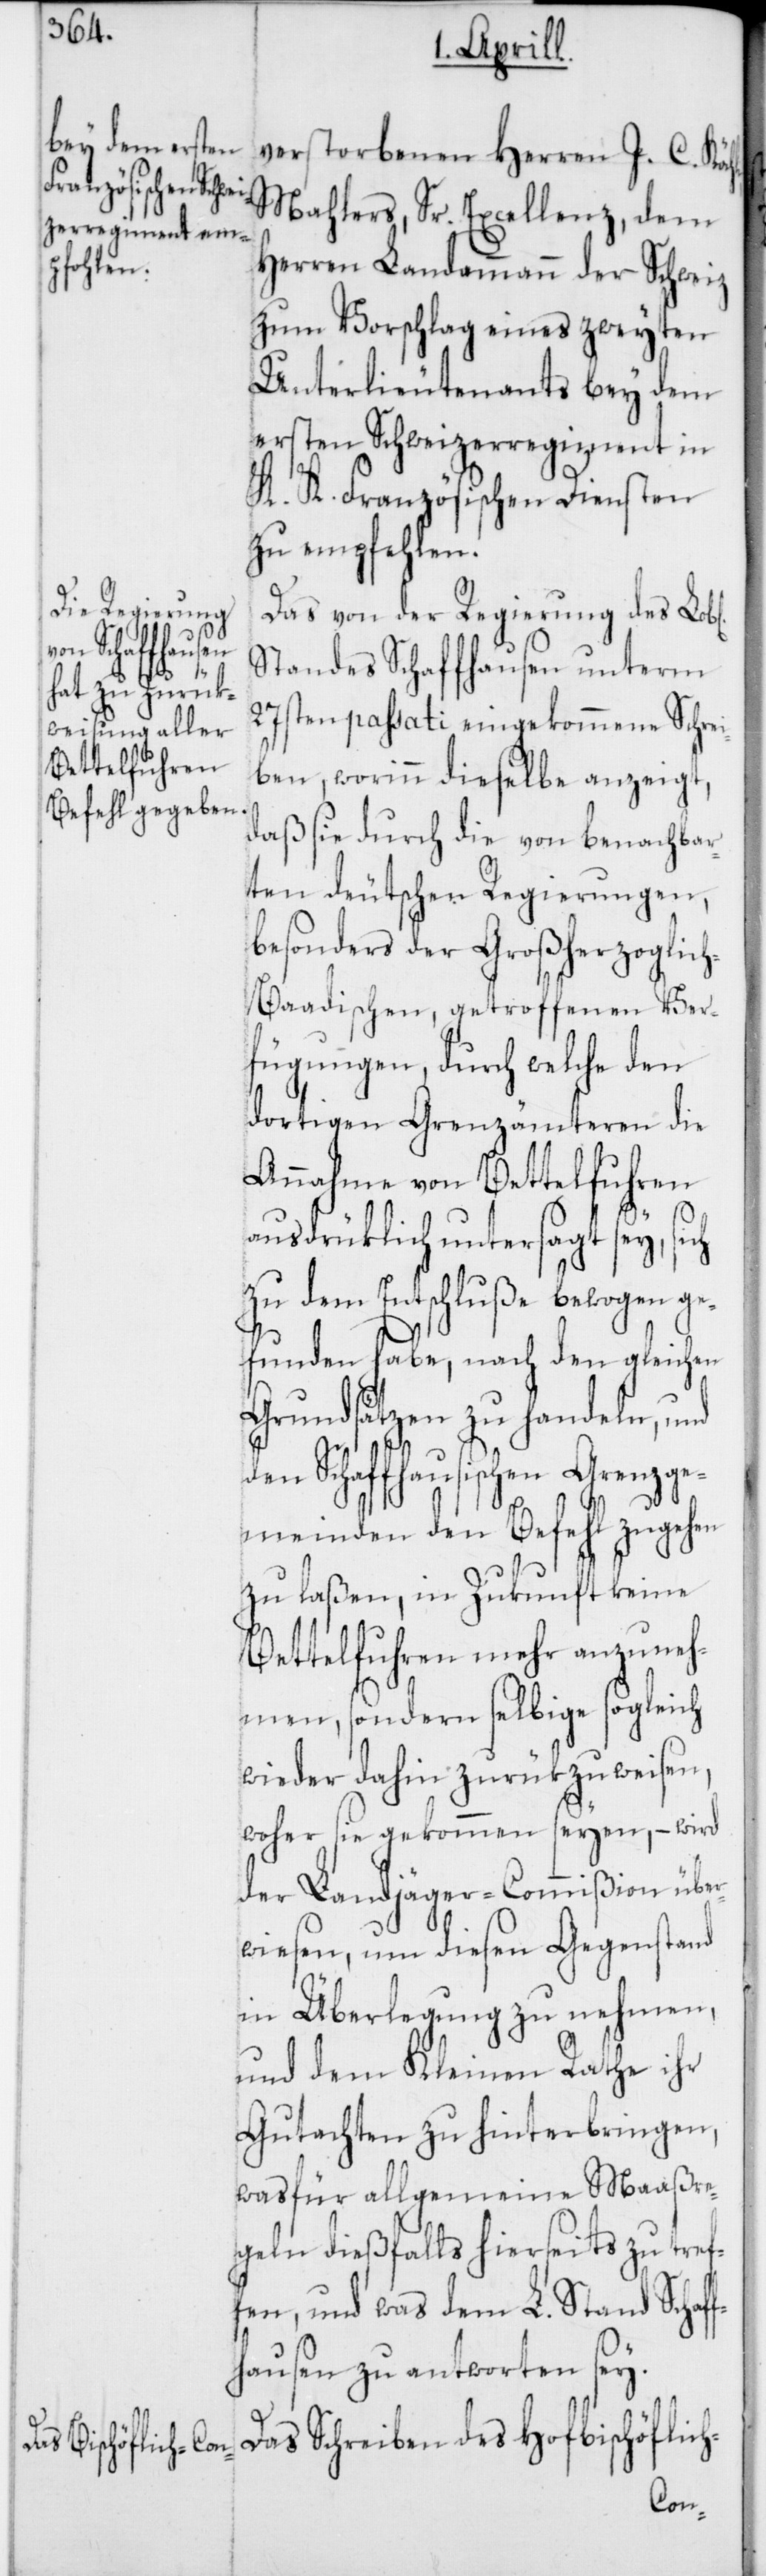
verstorbenen J. C.

Mahlers, Sr. Excellenz, dem
Herren Landammann der Schweiz
zum Vorschlag eines zweyten
Unterlieutenants bey dem
ersten Schweitzerregiment in
K. K. Französischen Diensten
zu empfehlen.
Das von der Regierung des Lobl.
Standes Schaffhausen unterm
27sten passati eingekommene Schrei¬
ben, worinn dieselbe anzeigt,
daß sie durch die von benachbar¬
ten deutschen Regierungen,
besonders der Großherzoglic¬
h-Baadischen, getroffenen Ver¬
fügungen, durch welche den
dortigen Grenzämteren die
Annahme von Bettelfuhren
ausdrüklich untersagt sey,
zu dem Entschluße bewogen ge¬
funden habe, nach den gleichen
Grundsätzen zu handeln, und
den Schaffhausischen Grenzge¬
meinden den Befehl zugehen
zu laßen, in Zukunft keine
Bettelfuhren mehr anzuneh¬
men, sondern selbige sogleich
wieder dahin zurükzuweisen,
woher sie gekommen seyen, – wird
der Landjäger-Commißion über¬
wiesen, um diesen Gegenstand
in Überlegung zu nehmen,
und dem Kleinen Rathe ihr
Gutachten zu hinterbringen,
was für allgemeine Massre¬
geln dießfalls hierseits zu tref¬
fen, und was dem L. Stand Schaff¬
hausen zu antworten sey.
Das Schreiben des Hofbischöflich-